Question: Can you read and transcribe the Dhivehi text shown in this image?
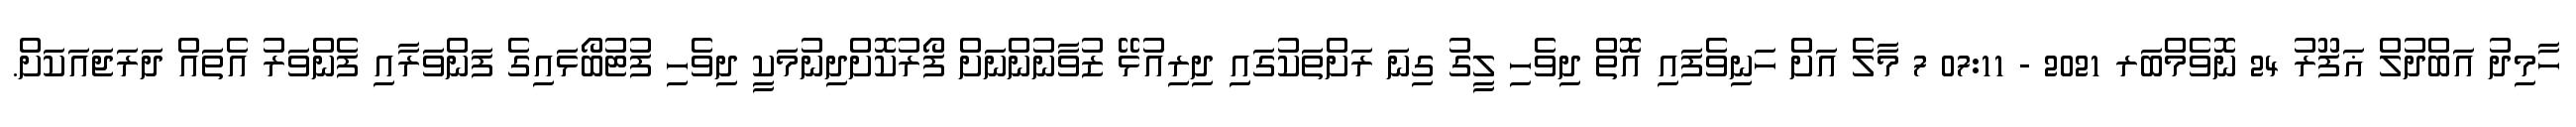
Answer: ހާމިދު އަބްދުލް ޣަފޫރު 24 ނޮވެމްބަރ 2021 - 07:11 7 މާލެ އަށް ހަނިވެފައި އޮޮތް ދިވެހި ލީގު ގިނަ ރަށްތަކުގައިި ދިރިއުޅޭ ޒުވާނުންނަށް ފޯރުކޮށްދިނުމަކީ ދިވެހި ފުޓުބޯޅައިގެ ފަންވަރާއި ފެންވަރު އެތައް ދަރަޖައަކަށް.